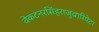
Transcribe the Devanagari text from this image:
वेंकटनरसिंहराजुवारिपेटा